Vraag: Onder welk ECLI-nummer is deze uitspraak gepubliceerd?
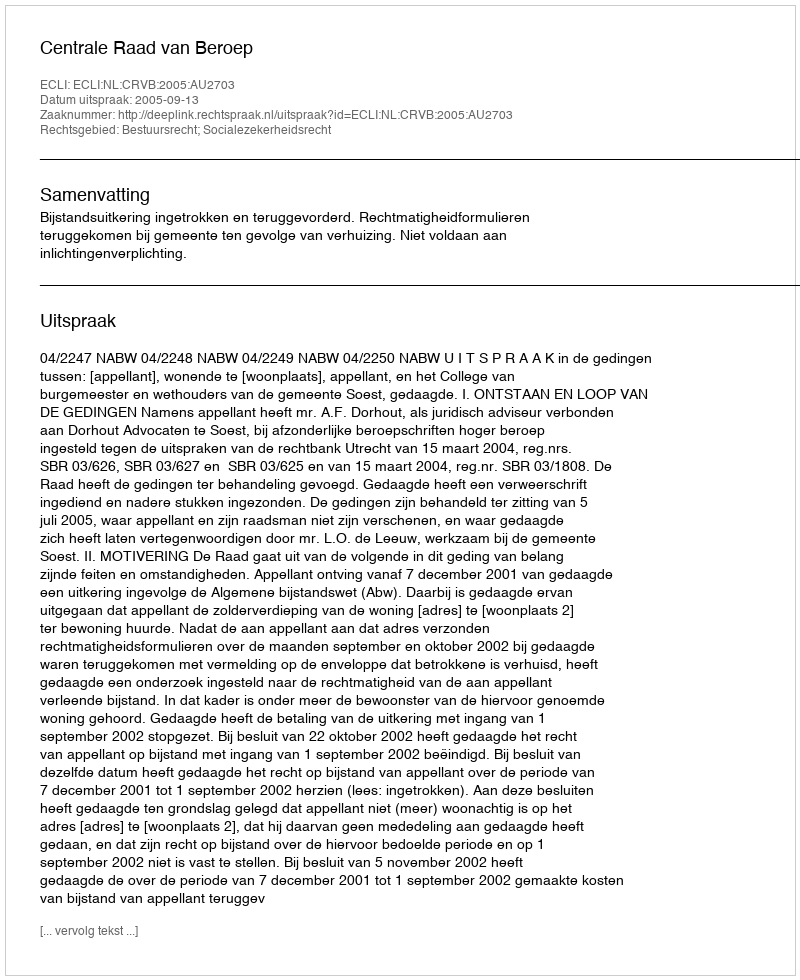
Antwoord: ECLI:NL:CRVB:2005:AU2703